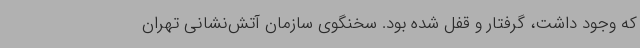
که وجود داشت، گرفتار و قفل شده بود. سخنگوی سازمان آتش‌نشانی تهران